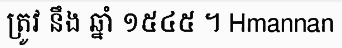
ត្រូវ នឹង ឆ្នាំ ១៥៤៥ ។ Hmannan